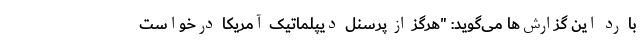
با رد این گزارش‌ها می‌گوید: "هرگز از پرسنل دیپلماتیک آمریکا درخواست